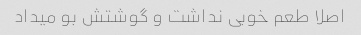
اصلا طعم خوبی نداشت و گوشتش بو میداد